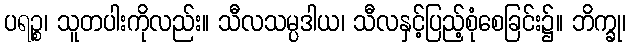
ပရဉ္စ၊ သူတပါးကိုလည်း။ သီလသမ္ပဒါယ၊ သီလနှင့်ပြည့်စုံစေခြင်း၌။ ဘိက္ခု၊